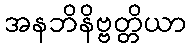
အနဘိနိဗ္ဗတ္တိယာ